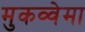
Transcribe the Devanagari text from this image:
मुकव्वेमा